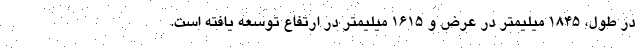
در طول، 1845 میلیمتر در عرض و 1615 میلیمتر در ارتفاع توسعه یافته است.